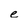
Character: e